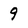
Character: 9